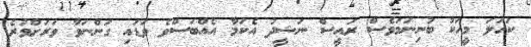
ކަހަލަ މީހަކު ބުނިނަމަވެސް ރައީސް ނަޝީދު އެކަމާ އެއްބަސްވެ ވަޑައި ގަންނަވާ ވަރަށްވުރެ